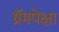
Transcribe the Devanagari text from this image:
ग्रॅमपेक्षा